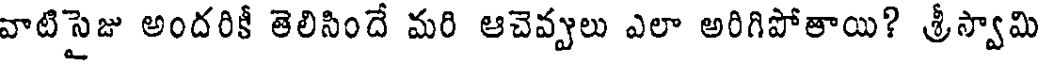
వాటిసైజు అందరికీ తెలిసిందే మరి ఆచెవ్వలు ఎలా అరిగిపోతాయి? శ్రీస్వామి